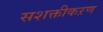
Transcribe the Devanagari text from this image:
सशक्तीकऱण